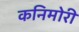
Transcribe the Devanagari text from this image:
कनिमोरी